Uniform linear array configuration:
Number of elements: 4
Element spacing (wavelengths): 0.75
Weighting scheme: cosine
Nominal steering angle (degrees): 15
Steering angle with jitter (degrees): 15.489
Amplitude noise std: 0.05
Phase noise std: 0.05

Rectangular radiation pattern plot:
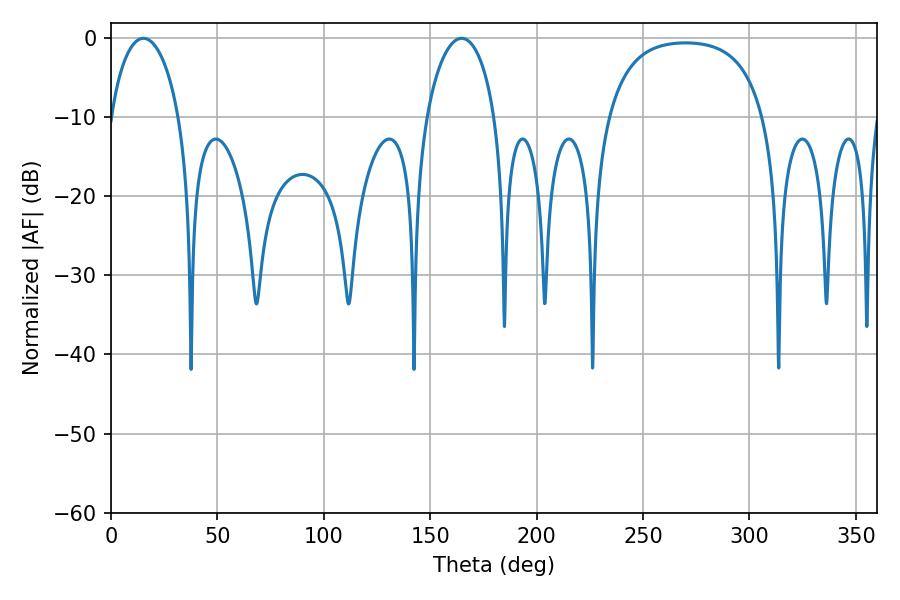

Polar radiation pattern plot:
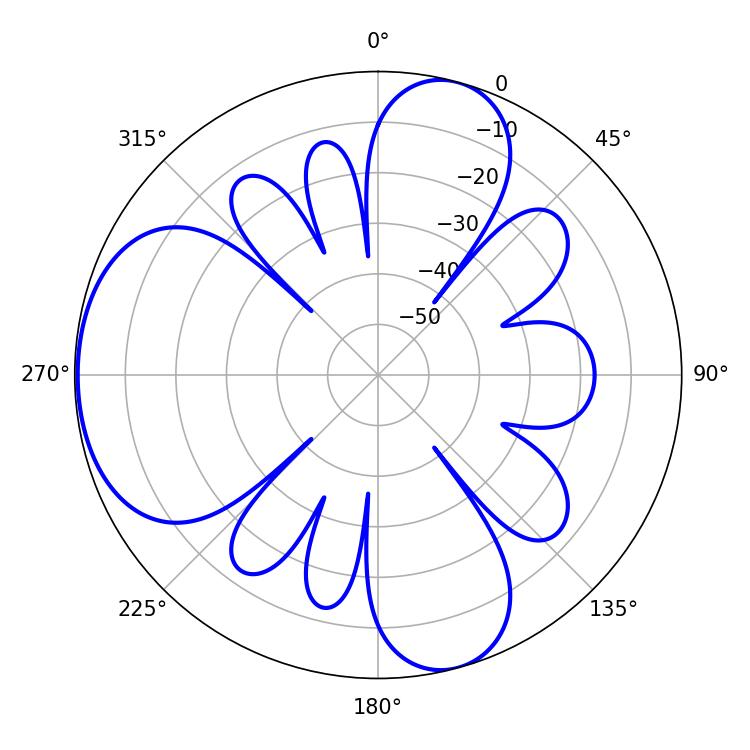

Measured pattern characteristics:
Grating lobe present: TRUE
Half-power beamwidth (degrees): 18.36
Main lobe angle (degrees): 15.3